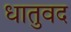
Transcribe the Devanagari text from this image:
धातुवद